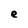
Character: e